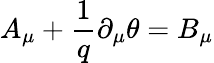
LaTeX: A_{\mu}+\frac{1}{q}\partial_{\mu}\theta=B_{\mu}